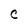
Character: C